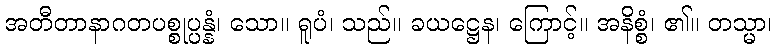
အတီတာနာဂတပစ္စုပ္ပန္နံ၊ သော။ ရူပံ၊ သည်။ ခယဋ္ဌေန၊ ကြောင့်။ အနိစ္စံ၊ ၏။ တသ္မာ၊